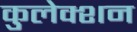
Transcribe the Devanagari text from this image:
कुलेक्शन